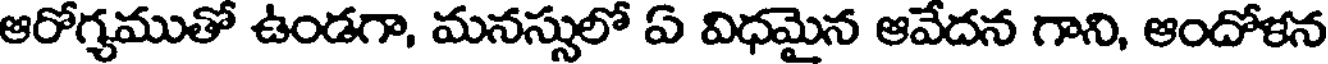
ఆరోగ్యముతో ఉండగా, మనస్సులో ఏ విధమైన ఆవేదన గాని, ఆందోళన